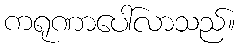
ကရုဏာပေါ်လာသည်။